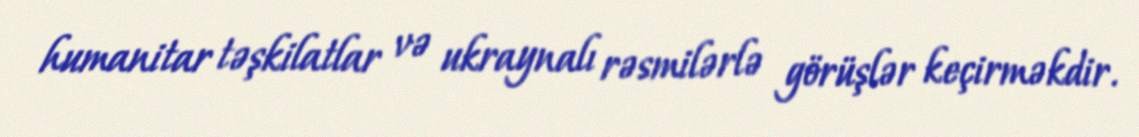
humanitar təşkilatlar və ukraynalı rəsmilərlə görüşlər keçirməkdir.